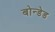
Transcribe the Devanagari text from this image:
बोन्‍डेड